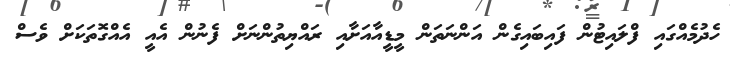
ހެދުމެއްގައި ފްލައިޓުން ފައިބައިގެން އަންނަތަން މީޑީއާއަށާއި ރައްޔިތުންނަށް ފެނުން އެއީ އެއްގޮތަކަށް ވެސް